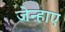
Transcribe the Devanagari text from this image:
जेन्हाए